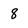
Character: 8